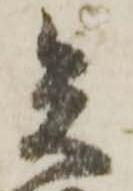
矢